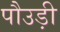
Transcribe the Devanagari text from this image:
पौउड़ी